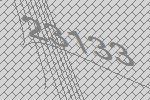
23133